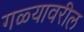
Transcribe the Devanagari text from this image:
गळ्यावरील